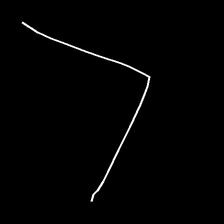
Glyph: region